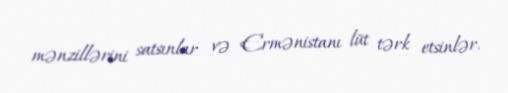
mənzillərini satsınlar və Ermənistanı lüt tərk etsinlər.